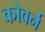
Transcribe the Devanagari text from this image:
कोवर्न